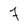
Character: 7